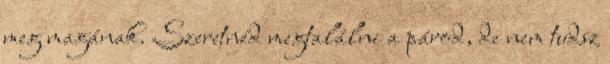
meg magának. Szeretnéd megtalálni a párod, de nem tudsz